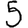
Digit: 5